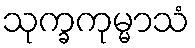
သုက္ခကုမ္မာသံ